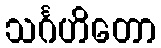
သင်္ဂဟိတော